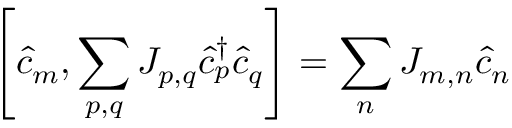
\left[ \hat { c } _ { m } , \sum _ { p , q } J _ { p , q } \hat { c } _ { p } ^ { \dagger } \hat { c } _ { q } \right] = \sum _ { n } J _ { m , n } \hat { c } _ { n }